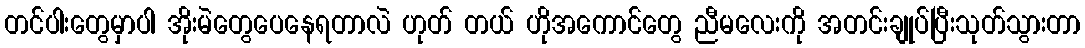
တင်ပါးတွေမှာပါ အိုးမဲတွေပေနေရတာလဲ ဟုတ် တယ် ဟိုအကောင်တွေ ညီမလေးကို အတင်းချုပ်ပြီးသုတ်သွားတာ